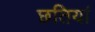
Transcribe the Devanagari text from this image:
छतियां